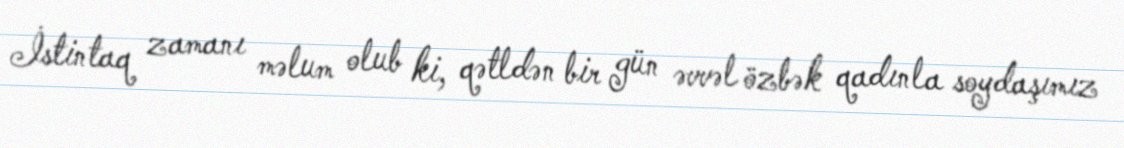
İstintaq zamanı məlum olub ki, qətldən bir gün əvvəl özbək qadınla soydaşımız